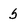
Character: S